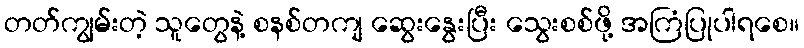
တတ်ကျွမ်းတဲ့ သူတွေနဲ့ စနစ်တကျ ဆွေးနွေးပြီး သွေးစစ်ဖို့ အကြံပြုပါရစေ။